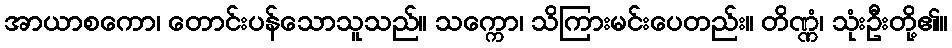
အာယာစကော၊ တောင်းပန်သောသူသည်။ သက္ကော၊ သိကြားမင်းပေတည်း။ တိဏ္ဏံ၊ သုံးဦးတို့၏။